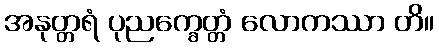
အနုတ္တရံ ပုညက္ခေတ္တံ လောကဿာ တိ။